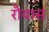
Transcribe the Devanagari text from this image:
रौयास